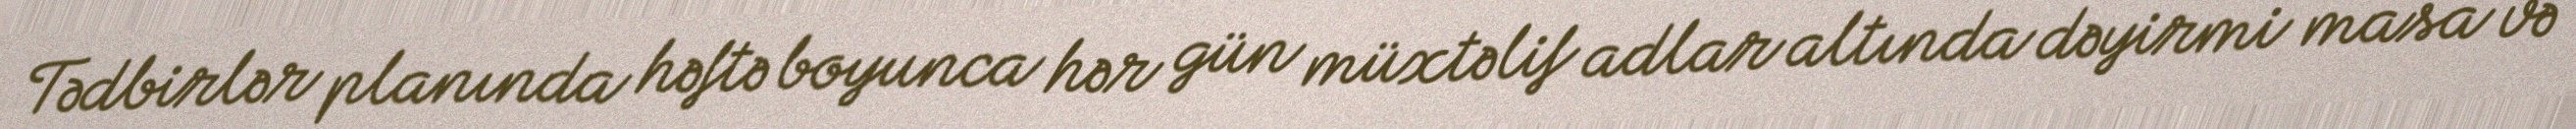
Tədbirlər planında həftə boyunca hər gün müxtəlif adlar altında dəyirmi masa və